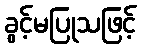
ခွင့်မပြုသဖြင့်